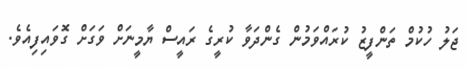
ޖަލު ހުކުމް ތަންފީޒު ކުރައްވަމުން ގެންދަވާ ކުރީގެ ރައީސް ޔާމީނަށް ވަގަށް ގޮވައިފިއެވެ.